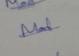
Signature authenticity: genuine